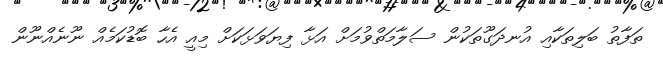
ތަފާތު ބަލިތަކާއި އުނދަގޫތަކުން ސަލާމަތްވުމަށް އަޅާ ފިޔަވަޅަކަށް މިއީ އެހާ ބޮޑުކަމެއް ނޫނެއްނޫން